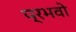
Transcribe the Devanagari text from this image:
प्रभवो